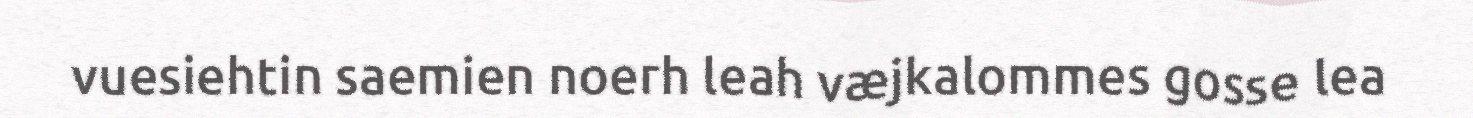
vuesiehtin saemien noerh leah væjkalommes gosse lea